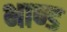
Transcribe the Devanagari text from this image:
भाण्ड